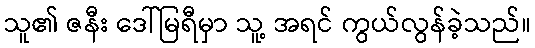
သူ၏ ဇနီး ဒေါ်မြရီမှာ သူ့ အရင် ကွယ်လွန်ခဲ့သည်။